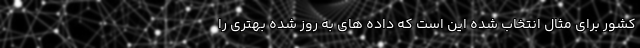
کشور برای مثال انتخاب شده این است که داده های به روز شده بهتری را